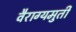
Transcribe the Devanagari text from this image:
वैराग्यमुर्ती